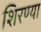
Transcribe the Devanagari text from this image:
शिरण्या